Document type: Sale
Year: 1423
Scribe: Joan Franc
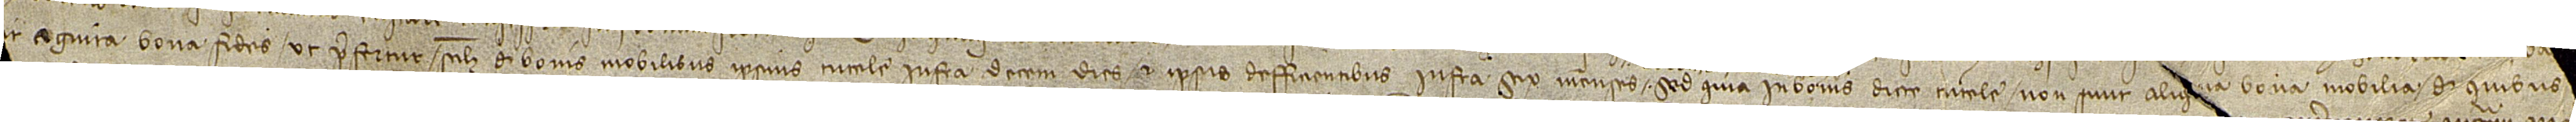
[...] [e]t cognita bona fides, ut prefertur, scilicet, de bonis mobilibus ipsius tutele, infra decem dies, et ipsis defficientibus infra sex menses, sed quia in bonis dicte tutele non sunt aliqua bona mobilia de quibus